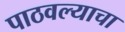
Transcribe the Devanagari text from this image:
पाठवल्याचा